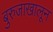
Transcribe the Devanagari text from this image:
बुरुजाखालून